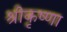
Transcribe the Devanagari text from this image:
श्रीकृष्णा